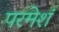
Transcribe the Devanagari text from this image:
परमेशं